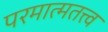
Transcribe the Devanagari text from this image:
परमात्मतत्त्व